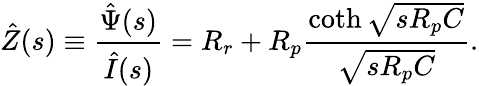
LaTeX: \hat{Z}(s)\equiv\frac{\hat{\Psi}(s)}{\hat{I}(s)}=R_{r}+R_{p}\frac{\coth\sqrt{sR_{p}C}}{\sqrt{sR_{p}C}}.